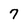
Character: 7